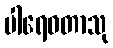
ပါရေဝတာသု